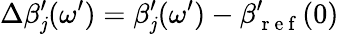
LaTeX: \Delta\beta_{\mathit{j}}^{\prime}(\omega^{\prime})=\beta_{\mathit{j}}^{\prime}(\omega^{\prime})-\beta_{\mathrm{{~r~e~f~}}}^{\prime}(0)